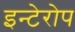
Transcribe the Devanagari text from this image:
इन्टेरोप